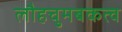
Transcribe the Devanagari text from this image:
लौहचुमबकत्व